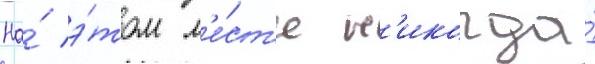
На́ э́том м'е́ст'е н'икогда́